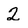
Character: 2